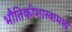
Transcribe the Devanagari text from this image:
भौतिकीशास्त्रामध्ये